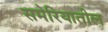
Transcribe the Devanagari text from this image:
समेरियातील